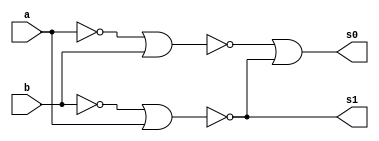
// ----------------------------------------------------------------------------------------------
// Guia 05 - Exericio 05 - Diferenca completa de 2 valores usando 2 bits somente com portas NOR
// Nome: Eduardo de Abreu Fortes
// ----------------------------------------------------------------------------------------------

//-------------------
//-- Meia Diferena
//-------------------

module meiaDiferenca(s0, s1, a, b);

output s0, s1;
input a, b;

wire s2, s3, s4, s5, s6, s7, s8, s9;

nor NOR1 (s2, a, a);
nor NOR2 (s3, b, b);
nor NOR3 (s4, a, a);
nor NOR4 (s5, s2, b);
nor NOR5 (s6, s3, a);
nor NOR6 (s7, b, b);
nor NOR7 (s8, s4, s4);
nor NOR8 (s9, s5, s6);
nor NOR9 (s1, s7, s8);
nor NOR10(s0, s9, s9);

endmodule //--fim module meiaDiferenca

module diferencaCompleta(s0 ,s1, a, b, c);

output s0, s1;
input a, b, c;

meiaDiferenca MD1 (s2, s3, a ,b);
meiaDiferenca MD2 (s0, s4, s2, c);
nor NOR1 (s5, s3, s4);
nor NOR2 (s1, s5, s5);

endmodule //--fim module diferencaCompleta

// ------------
// -- Operacao
// ------------

module operacao (s00, s10, s20, s30, a0, a1, a2, b0, b1, b2);
output s00, s10, s20, s30;
input a0, a1, a2, b0, b1, b2;

wire s01, s11, s21;

meiaDiferenca MD0 (s00, s01, a0, b0);
diferencaCompleta DC1 (s10, s11, a1, b1, s01);
diferencaCompleta DC2 (s20, s21, a2, b2, s11);

assign s30 = s21;

endmodule // --fim module operacao

// ----------------
// -- test operacao
//-----------------

module testOperacao;
reg   a0, a1, a2, b0, b1, b2, c;
wire  s00, s10, s20, s30;

// -- instncia
operacao OP1 (s00, s10, s20, s30, a0, a1, a2, b0, b1, b2);

initial begin:start
a0=0; a1=0; a2=0; b0=0; b1=0; b2=0;    
end

//-- parte principal
initial begin:main
$display("Guia 05 - Exercicio 05 - Eduardo de Abreu Fortes - 384047");
$display("Test Diferenca Completa com 2 bits usando apenas portar NOR");
$display("\na2 a1 a0 - b2 b1 b0 = s30 s20 s10 s00\n");
$monitor("%b %b %b  -  %b %b %b  =  %b %b %b %b", a2, a1, a0, b2, b1, b0, s30, s20, s10, s00);
#1  a0=0; a1=0; b0=0; b1=1;
#1  a0=0; a1=0; b0=1; b1=0;
#1  a0=0; a1=0; b0=1; b1=1;
#1  a0=0; a1=1; b0=0; b1=0;
#1  a0=0; a1=1; b0=0; b1=1;
#1  a0=0; a1=1; b0=1; b1=0;
#1  a0=0; a1=1; b0=1; b1=1;
#1  a0=1; a1=0; b0=0; b1=0;
#1  a0=1; a1=0; b0=0; b1=1;
#1  a0=1; a1=0; b0=1; b1=0;
#1  a0=1; a1=0; b0=1; b1=1;
#1  a0=1; a1=1; b0=0; b1=0;
#1  a0=1; a1=1; b0=0; b1=1;
#1  a0=1; a1=1; b0=1; b1=0;
#1  a0=1; a1=1; b0=1; b1=1;

end

endmodule // --fim module testOperacao